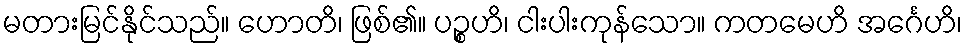
မတားမြင်နိုင်သည်။ ဟောတိ၊ ဖြစ်၏။ ပဉ္စဟိ၊ ငါးပါးကုန်သော။ ကတမေဟိ အင်္ဂေဟိ၊